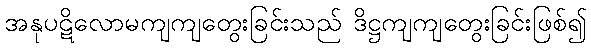
အနုပဋိလောမကျကျတွေးခြင်းသည် ဒိဋ္ဌကျကျတွေးခြင်းဖြစ်၍